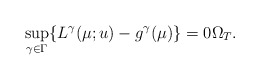
\begin{align*}\sup_{\gamma\in \Gamma} \{ L^\gamma(\mu; u) - g^\gamma(\mu)\}=0 \Omega_T.\end{align*}